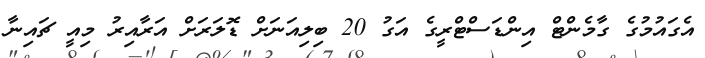
އެގައުމުގެ ގާމެންޓް އިންޑަސްޓްރީގެ އަގު 20 ބިލިއަނަށް ޑޮލަރަށް އަރާއިރު މިއީ ޗައިނާ